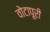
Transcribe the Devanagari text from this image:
वोटापूरी